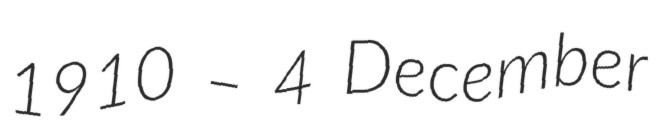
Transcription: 1910 – 4 December